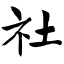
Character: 社